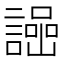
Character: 𧬌